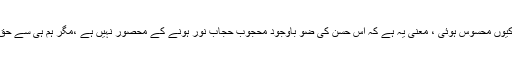
نہیں بھئی یہ تو صاف اور سیدھی بات ہے خدا معلوم آپ کو اس اجتہاد کی حاجت کیوں محسوس ہوئی ، معنی یہ ہے کہ اس حسن کی ضو باوجود محجوبِ حجابِ نور ہونے کے محصور نہیں ہے ،مگر ہم ہی سے حقِ دید ادا نہیں ہوتا اور اصل دید تو وہ ہے جس سے ہر ریشہ ء تن مسحور ہو جائے۔